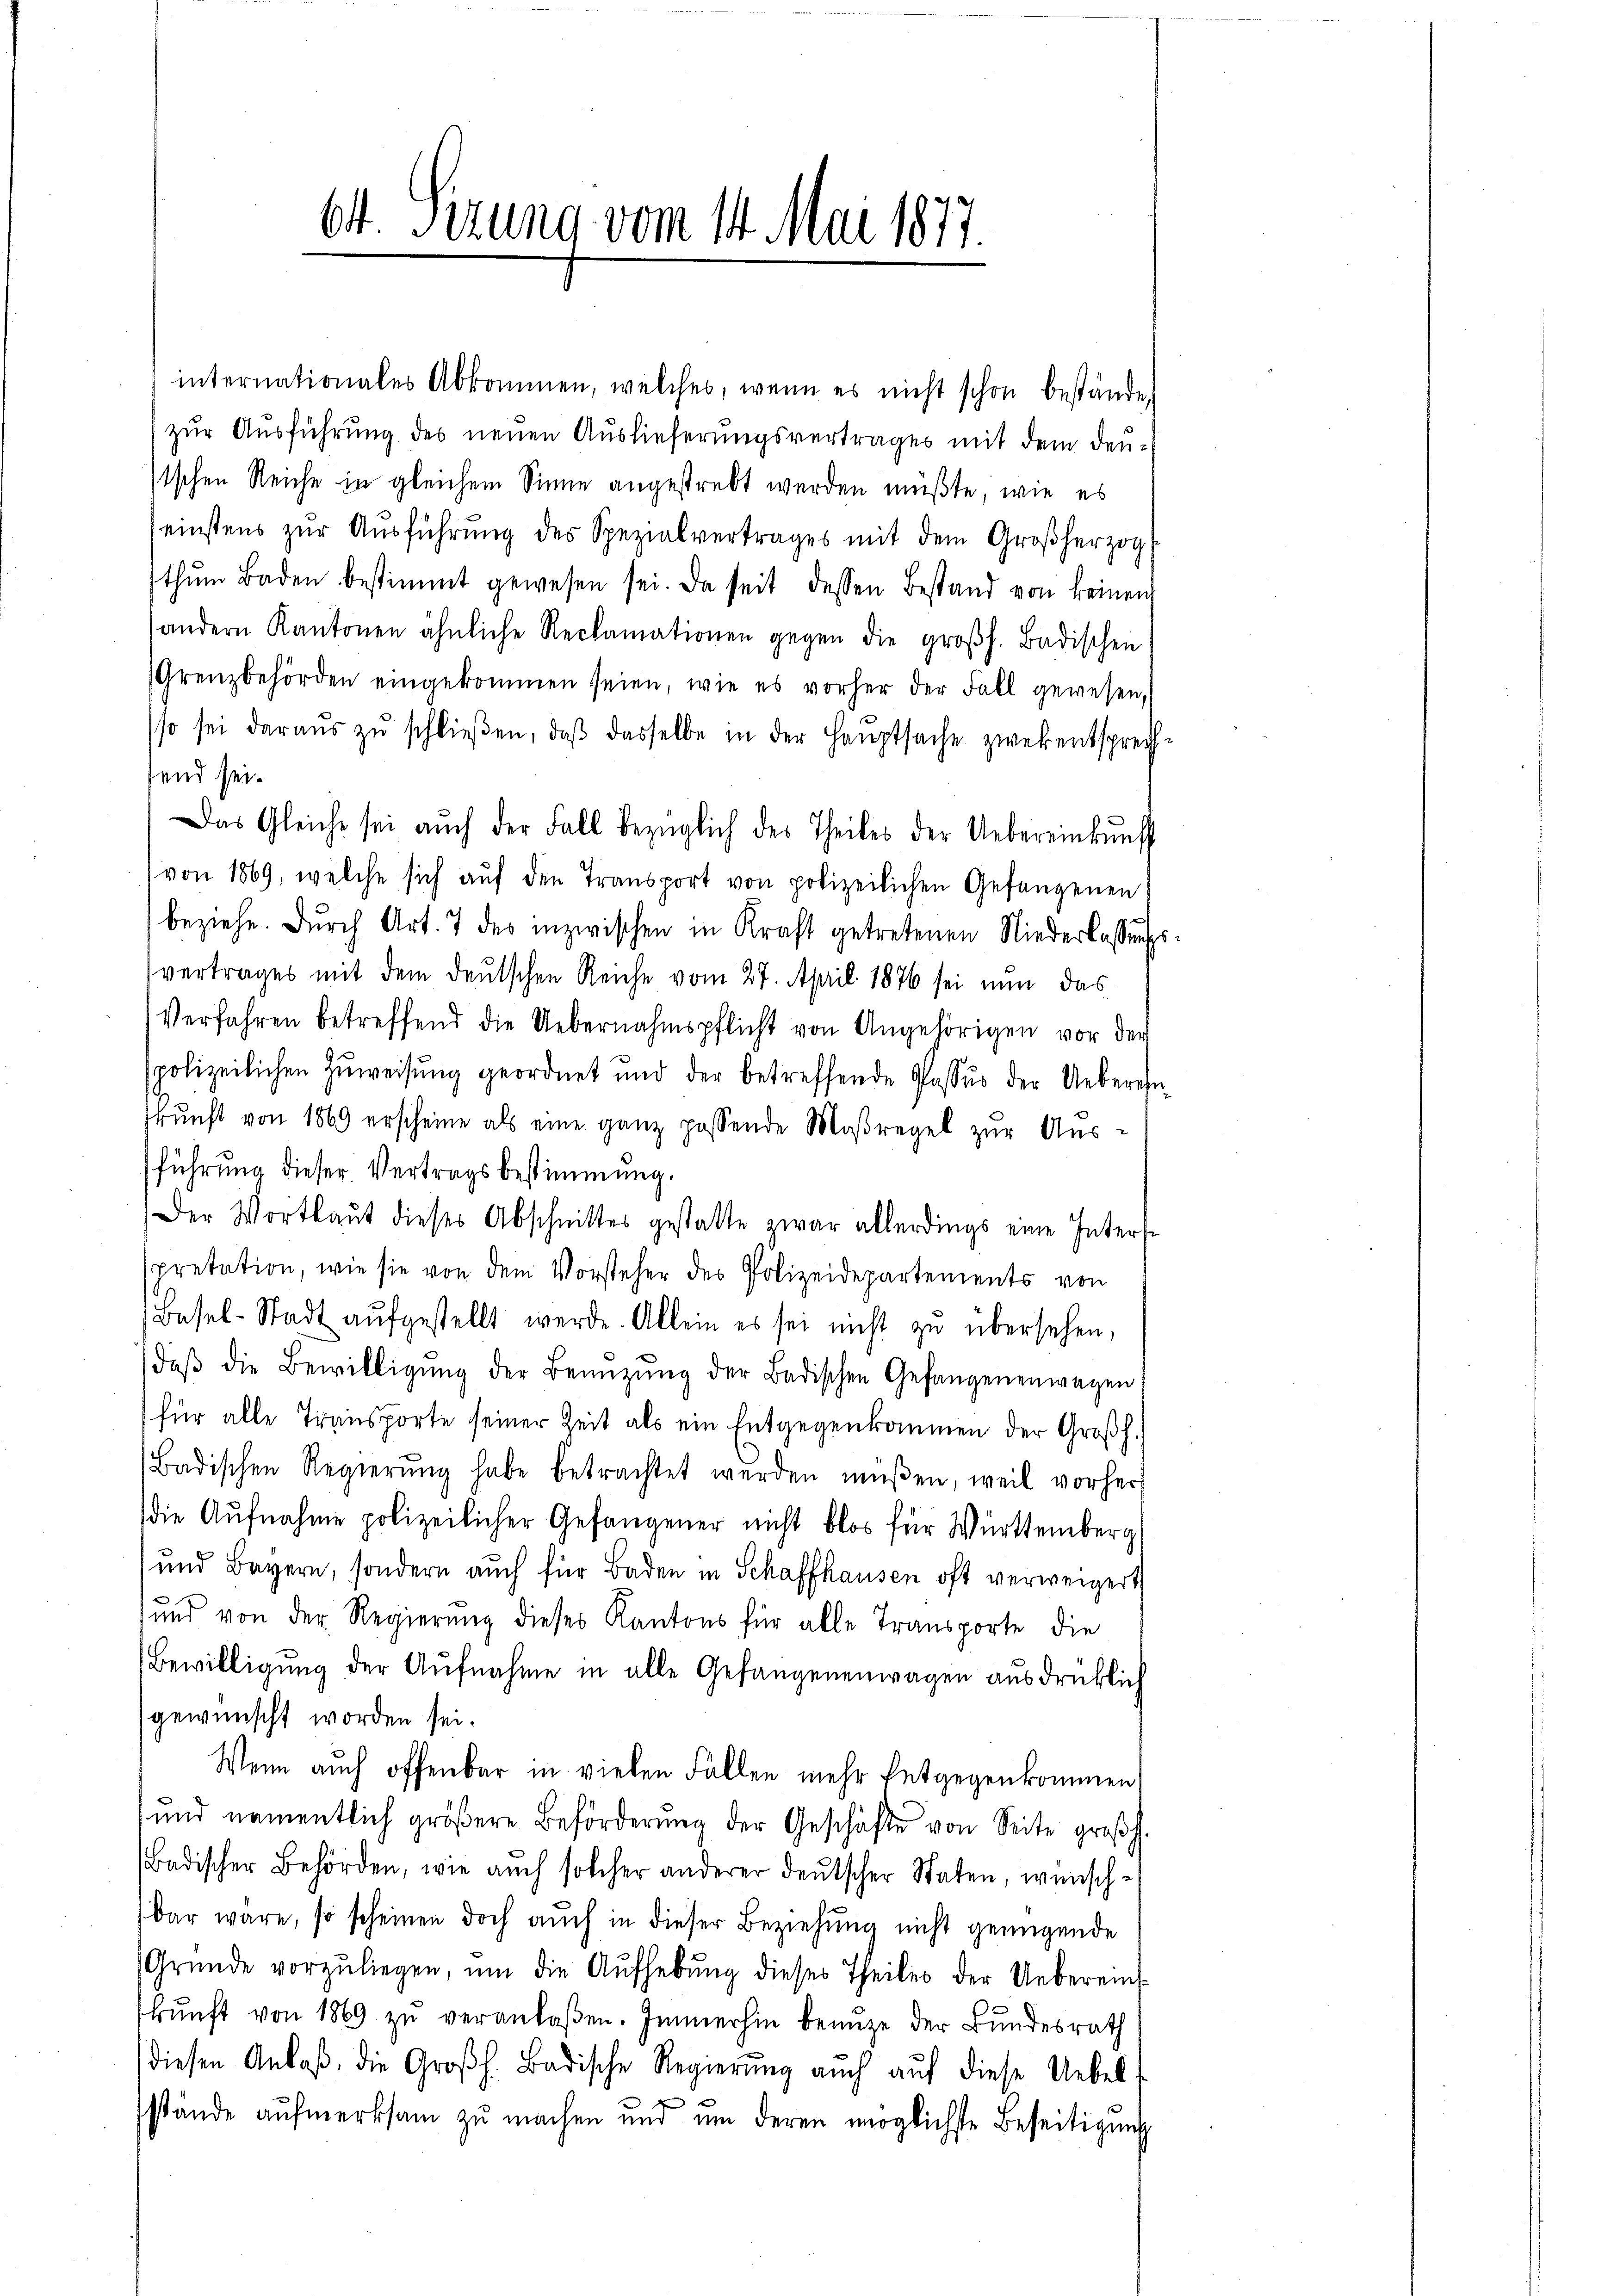
64. Sizung vom 14. Mai 1877.

internationales Abkommen, welches, wenn es nicht schon bestände,
) zur Ausführung des neuen Auslieferungsvertrages mit dem deustschen Reiche in gleichem Sinne angestrebt werden müßte, wie es
einstens zŭr Aŭsführung des Spezialvertrages mit dem Großherzog
thŭm Baden bestimmt gewesen sei. Da seit dessen Bestand von keinen
andern Kantonen ähnliche Reclamationen gegen die großh. Badischen
(Grenzbehörden eingekommen seien, wie es vorher der Fall gewesen,
sso sei daraŭs zŭ schlieβen, daβ dasselbe in der Hauptsache zwekentsprechsend sei.
Das Gleiche sei auch der Fall bezüglich des Theiles der Uebereinkunft
von 1869, welche sich auf den Transport von polizeilichen Gefangenen
beziehe. Durch Art. 7 des inzwischen in Kraft getretenen Niederlassŭngs
vertrages mit dem deutschen Reiche vom 27. April 1876 sei nun das
Verfahren betreffend die Uebernahmspflicht von Angehörigen vor der
spolizeilichen Zuweisung geordnet und der betreffende Passus der Ueberechn
kŭnft von 1869 erscheine als eine ganz possende Maßregel zur Ausführung dieser Vertragsbestimmung.
Der Wortlaut dieses Abschnittes gestatte zwar allerdings eine Inters-
pretation, wie sie von dem Vorsteher des Polizeidepartements von
Basel-Stadt aŭfgestellt werde. Allein es sei nicht zŭ übersehen,
daβ die Bewilligŭng der Benüzŭng der Badischen Gefangenenwagen
für alle Transporte seiner Zeit als ein Entgegenkommen der Großh
Badischen Regierŭng habe betrachtet werden müßen, weil vorher
die Aufnahme polizeilicher Gefangener nicht blos für Württemberg
und Bayern, sondern auch für Baden in Schaffhausen oft verweigert
und von der Regierung dieses Kantons für alle Transporte die
Bewilligŭng der Aŭfnahme in alle Gefangenenwagen ausdrücklich
gewünscht worden sei.
Wenn auch offenbar in vielen Fallen mehr Entgegenkommen
ŭnd namentlich gröβere Beförderŭng der Geschäfte von Seite großh.
Badischer Behörden, wie auch solcher anderer deutscher Staten, wünsch-
bar wäre, so scheinen doch auch in dieser Beziehung nicht genügende
(Gründe vorzŭliegen, ŭm die Aŭfhebŭng dieses Theiles der Uebereinf
kŭnft von 1869 zŭ veranlaßen. Immerhin benuze der Bundesrath
diesen Anlaß, die Großh. Badische Regierung auch aŭf diese Uebel-
stände aufmerksam zu machen und um deren möglichste Beseitigung